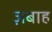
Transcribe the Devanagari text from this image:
ज़बाह